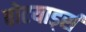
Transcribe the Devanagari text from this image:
बोटयार्ड्स